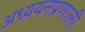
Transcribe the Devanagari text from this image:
अध्ययनप्रणाली